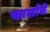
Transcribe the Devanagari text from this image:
फार्साचे